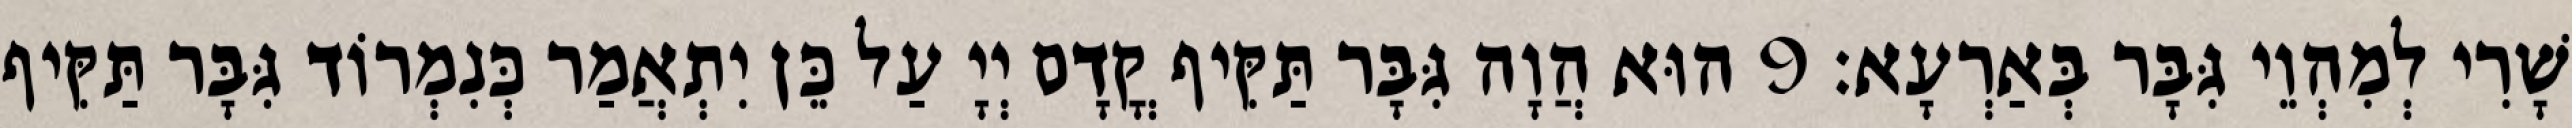
שָׁרִי לְמִהְוֵי גִּבָּר בְּאַרְעָא׃ 9 הוּא הֲוָה גִּבָּר תַּקִּיף קֳדָם יְיָ עַל כֵּן יִתְאֲמַר כְּנִמְרוֹד גִּבָּר תַּקִּיף